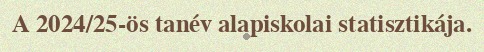
A 2024/25-ös tanév alapiskolai statisztikája.